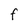
Character: f